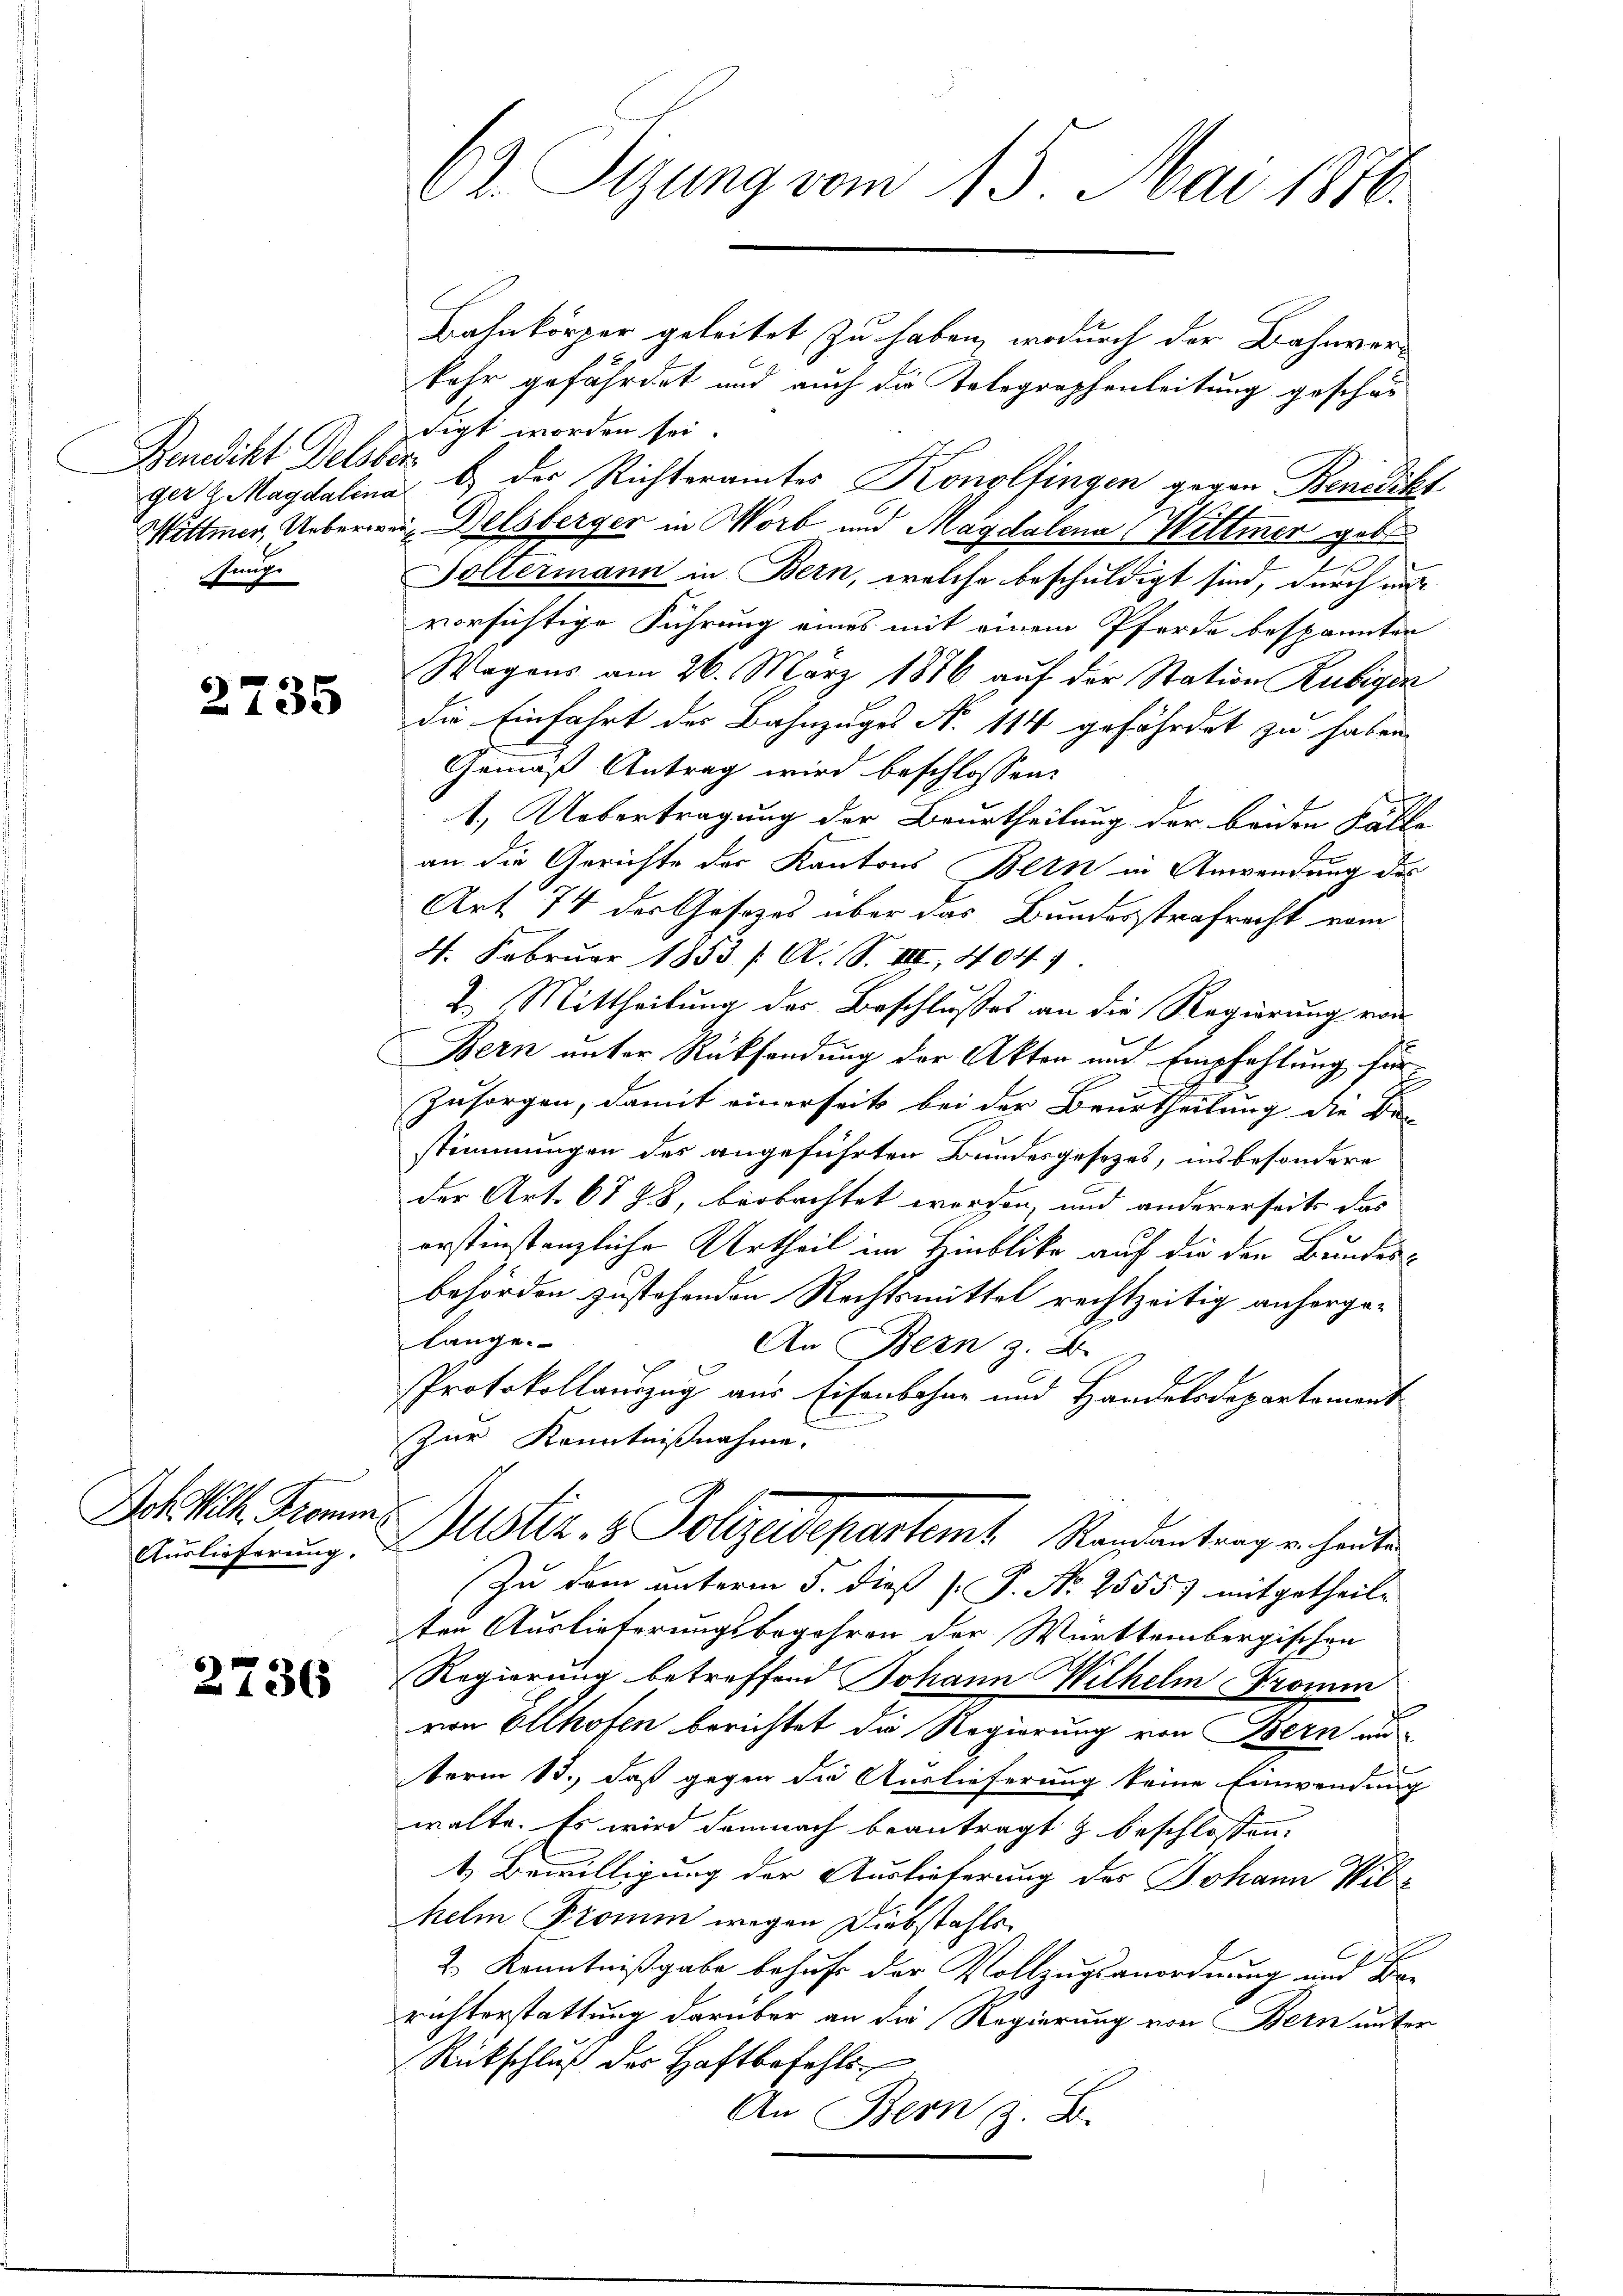
Bandikt Delsber
funge

2735

Dok Kth. Tromm¬
Auslieferung.

2736

62. Sizung vom 15. Mai 1850.

Batnkörper geleitet zu haben, wodurch der Bahnver-
bahr gefährdet und auch die Telegraphenleitung geschärdigt worden sei.
ger z. Magdalena b) der Richteramtes Konolfingen gegen Benedikt
Hittmer, Ueberweig Belsberger in Worb und Magdalena Wittmer geb
u
Soltermann in Bern, welche beschuldigt sind, durch nur
vorsichtige Führung eines mit einem Pferde bespannten
Wegens am 26. März 1846 auf der Station Rubigen
die Einfahrt der Bahnzuges N. 114 gefährdet zu haben.
Gemäß Antrag wird beschlossen:
1.) Uebertragung der Beurtheilung der beiden Fälle
an die Gerichte der Kantons Bern in Anwendung des
Art 74 der Gesetzes über das Bundesstrafrecht vom
4. Februar 1853 f. A. S. VIII, 404
2.) Mittheilung des Beschlusses an die Regierung von
Bern unter Rücksendung der Akten und Empfehlung für
Zusorgen, damit einerseits bei der Beurtheilung die Be-
stimmungen des angeführten Bundesgesetzes, insbesondere
der Art. 6788, beobachtet worden, und andererseits das |
erstinstanzliche Urtheil im Hinblicke auf die den Bundes-
behörden zustehenden Rechtsmittel rechtzeitig anhergelange.
An Bern z. B.
Protokollanzug aus Eisenbahne und Handelsdepartement
zur Kenntnißnahme.
Justiz- & Polizeidepartem Randantrag er heute
Zu dem unterm 5. dieß P. P. No 2555) mitgetheilt
ten Auslieferungsbegehren der Württembergischen
Regierung betreffend Johann Wilhelm Fromin
von Olthofen berichtet die Regierung von Bern au
term 13., daß gegen die Auslieferung keine Einwendung
walte. Es wird demnach beantragt & beschlossen:
1. Bewilligung der Auslieferung des Johann Wilhelm Fromm wegen Diebstahls
t
2. Kenntnißgabe behufs der Vollzugsanordnung und War
richterstattung darüber an die Regierung von Bern unter
Rückschluß der Haftbefehls
An Bern z. B.